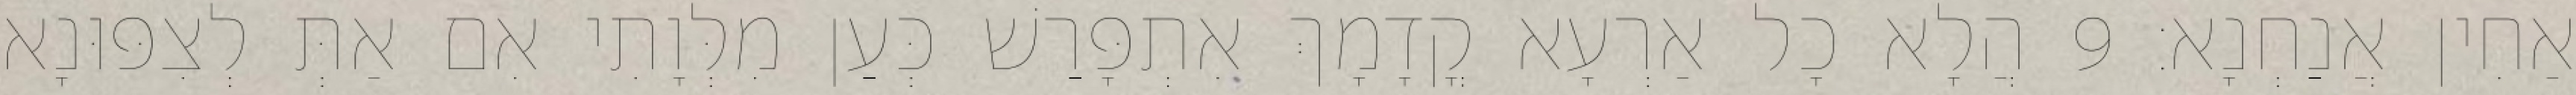
אַחִין אֲנַחְנָא׃ 9 הֲלָא כָל אַרְעָא קֳדָמָךְ אִתְפָּרַשׁ כְּעַן מִלְּוָתִי אִם אַתְּ לְצִפּוּנָא